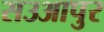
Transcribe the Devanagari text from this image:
सउआपुर